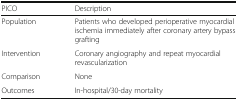
<table><thead><tr><td><b>PICO</b></td><td><b>Description</b></td></tr></thead><tbody><tr><td>Population</td><td>Patients who developed perioperative myocardial ischemia immediately after coronary artery bypass grafting</td></tr><tr><td>Intervention</td><td>Coronary angiography and repeat myocardial revascularization</td></tr><tr><td>Comparison</td><td>None</td></tr><tr><td>Outcomes</td><td>In-hospital/30-day mortality</td></tr></tbody></table>